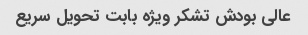
عالی بودش تشکر ویژه بابت تحویل سریع